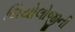
થિયોલોજીની